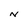
Character: N